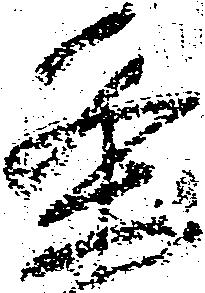
条